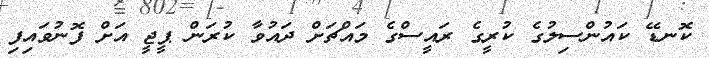
ކޮނޑޭ ކައުންސިލުގެ ކުރީގެ ރައީސްގެ މައްޗަށް ދައުވާ ކުރަން ޕީޖީ އަށް ފޮނުވައިފި